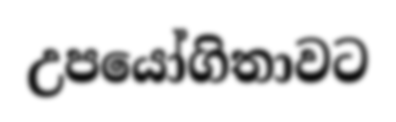
උපයෝගිතාවට